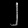
Digit: ၂